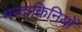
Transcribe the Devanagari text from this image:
मन्दाकिनियों